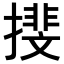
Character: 𢵪